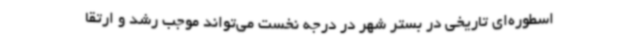
اسطوره‌ای تاریخی در بستر شهر در درجه نخست می‌تواند موجب رشد و ارتقا